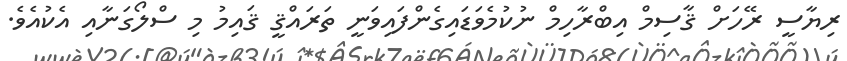
ރިޔާސީ ރޭހަށް ޤާސިމް އިބްރާހިމް ނުކުމެވަޑައިގެންފައިވަނީ ތަރައްޤީ ޤައިމު މި ސްލޯގަނާއި އެކުއެވެ.